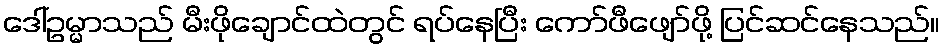
ဒေါ်ဥမ္မာသည် မီးဖိုချောင်ထဲတွင် ရပ်နေပြီး ကော်ဖီဖျော်ဖို့ ပြင်ဆင်နေသည်။